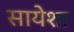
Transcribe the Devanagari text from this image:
सायेशा